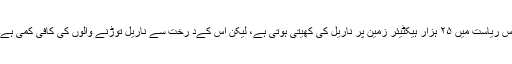
اس ریاست میں ۲۵ ہزار ہیکٹیئر زمین پر ناریل کی کھیتی ہوتی ہے، لیکن اس کےد رخت سے ناریل توڑنے والوں کی کافی کمی ہے۔